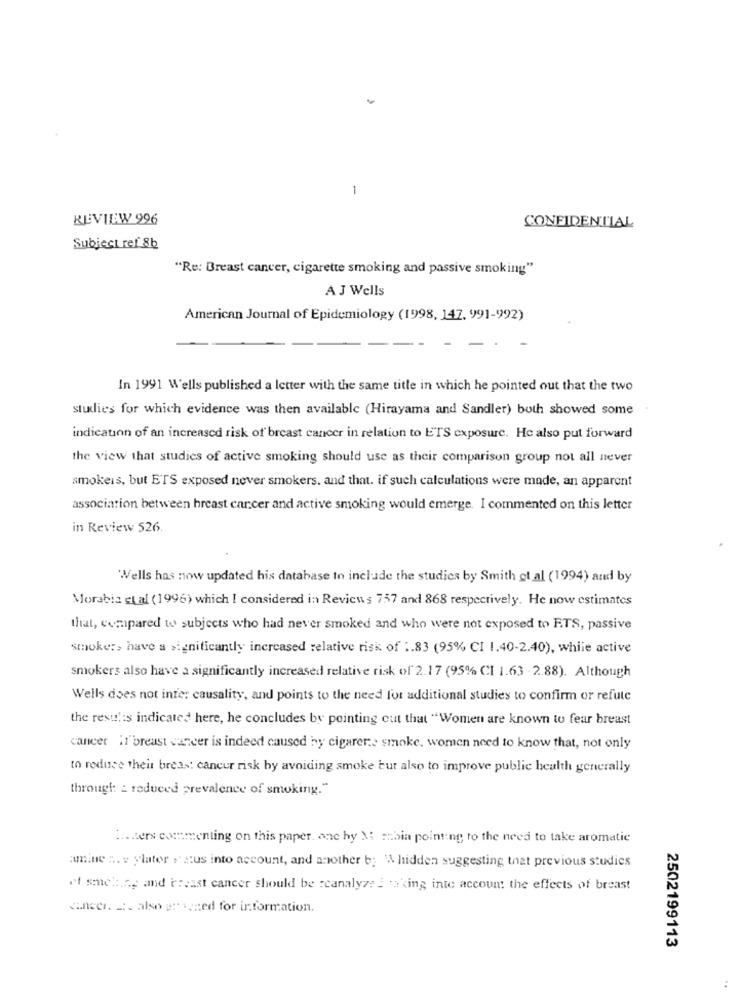
1
REVIEW 996
CONFIDENTIAL
Subject ref 8b
"Re: Breast cancer, cigarette smoking and passive smoking"
AJ Wells
American Journal of Epidemiology (1998, 147. 991-992)
In 1991 W'ells published a letter with the same title in which he pointed out that the two
studies for which evidence was then available (Hirayama and Sandler) both showed some
indicaunn of an increased risk of breast cancer in relation to ETS exposure. He also put forward
the view that studies of active smoking should use as their comparison group not all never
smokeis, but ETS exposed never smokers, and that. if such calculations were made, an apparent
association between breast cancer and active smoking would emerge. I commented on this letter
in Review 526.
Wells has now updated his database to include the studies by Smith et al (1994) and by
Morabia stal (1996) which I considered in Reviews 757 and 868 respectively. He now estimates
that, compared to subjects who had never smoked and who were not exposed to FTS, passive
smoke:> have a significantly increased relative risk of :. 83 (95% CI 1.40-2.40), while active
smokers also have a significantly increased relative risk of 2.17 (95% CI 1.63 . 2.88). Although
Wells does not infe: causality, and points to the need for additional studies to confirm or refute
the resul:s indicated here, he concludes by pointing out that "Women are known to fear breast
cancer If"breast cancer is indeed caused by cigarer .: smoke, women need to know that, not only
to reduce their breds: cancer risk by avoiding smoke but also to improve public health generally
through _ reduced prevalence of smoking."
Haters commenting on this paper, one hy M mnbia pointing to the need to take aromatic
amiue ... v ylater , atus into account, and another b: \ hidden suggesting that previous studies
rf sock.ce and breast cancer should be reanalyse E taking inte account the effects of breast
cancer. 2. also grazed for information.
2502199113